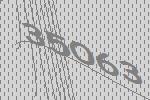
35063